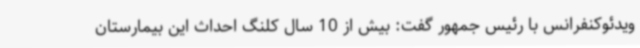
ویدئوکنفرانس با رئیس جمهور گفت: بیش از 10 سال کلنگ احداث این بیمارستان